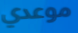
موعدي